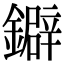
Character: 鐴